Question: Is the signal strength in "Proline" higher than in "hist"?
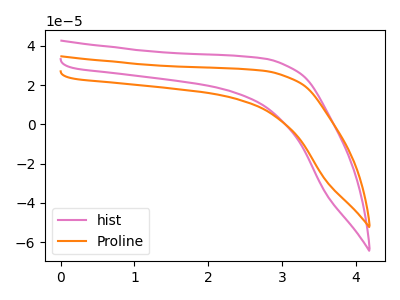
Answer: <think>The pink curve "hist" has no peaks. The orange curve "Proline" has no peaks.
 Neither "Proline" or "hist" have any peaks.</think>
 <answer>I cant tell if "Proline" or "hist" has more signal.</answer>
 <eval>mixed_signal</eval>